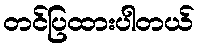
တင်ပြထားပါတယ်